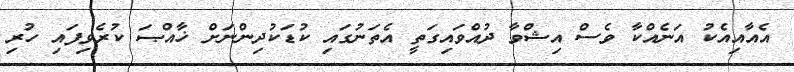
އެއާއިއެކު އަނެއްކާ ވެސް އިޝްވާ ދުއްވައިގަތީ އެތަނުގައި ކުޑަކުދިންނަށް ޚާއްޞަ ކުރެވިފައި ހުރި